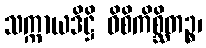
သက္ကာယဒိဋ္ဌိ ဝိစိကိစ္ဆိတဉ္စ၊